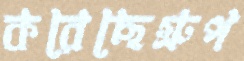
করেছেগ্রুপ